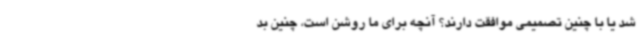
شد یا با چنین تصمیمی موافقت دارند؟ آنچه برای ما روشن است، چنین بد